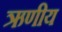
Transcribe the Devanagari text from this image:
ऋणीय